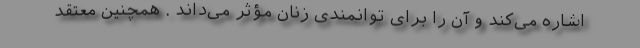
اشاره می‌کند و آن را برای توانمندی زنان مؤثر می‌داند . همچنین معتقد